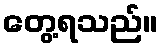
တွေ့ရသည်။